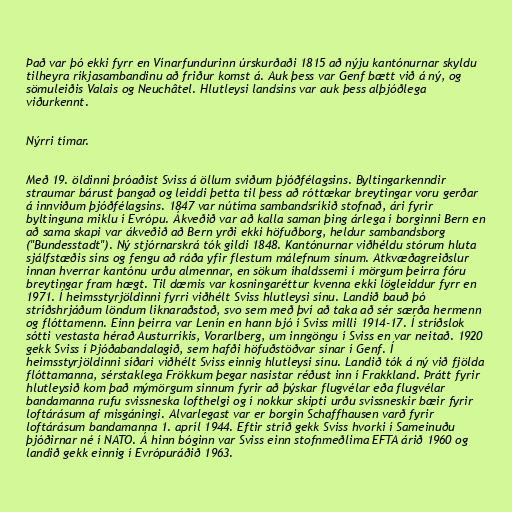
Það var þó ekki fyrr en Vínarfundurinn úrskurðaði 1815 að nýju kantónurnar skyldu
tilheyra ríkjasambandinu að friður komst á. Auk þess var Genf bætt við á ný, og
sömuleiðis Valais og Neuchâtel. Hlutleysi landsins var auk þess alþjóðlega
viðurkennt.

Nýrri tímar.

Með 19. öldinni þróaðist Sviss á öllum sviðum þjóðfélagsins. Byltingarkenndir
straumar bárust þangað og leiddi þetta til þess að róttækar breytingar voru gerðar
á innviðum þjóðfélagsins. 1847 var nútíma sambandsríkið stofnað, ári fyrir
byltinguna miklu í Evrópu. Ákveðið var að kalla saman þing árlega í borginni Bern en
að sama skapi var ákveðið að Bern yrði ekki höfuðborg, heldur sambandsborg
("Bundesstadt"). Ný stjórnarskrá tók gildi 1848. Kantónurnar viðhéldu stórum hluta
sjálfstæðis síns og fengu að ráða yfir flestum málefnum sínum. Atkvæðagreiðslur
innan hverrar kantónu urðu almennar, en sökum íhaldssemi í mörgum þeirra fóru
breytingar fram hægt. Til dæmis var kosningaréttur kvenna ekki lögleiddur fyrr en
1971. Í heimsstyrjöldinni fyrri viðhélt Sviss hlutleysi sínu. Landið bauð þó
stríðshrjáðum löndum líknaraðstoð, svo sem með því að taka að sér særða hermenn
og flóttamenn. Einn þeirra var Lenín en hann bjó í Sviss milli 1914-17. Í stríðslok
sótti vestasta hérað Austurríkis, Vorarlberg, um inngöngu í Sviss en var neitað. 1920
gekk Sviss í Þjóðabandalagið, sem hafði höfuðstöðvar sínar í Genf. Í
heimsstyrjöldinni síðari viðhélt Sviss einnig hlutleysi sínu. Landið tók á ný við fjölda
flóttamanna, sérstaklega Frökkum þegar nasistar réðust inn í Frakkland. Þrátt fyrir
hlutleysið kom það mýmörgum sinnum fyrir að þýskar flugvélar eða flugvélar
bandamanna rufu svissneska lofthelgi og í nokkur skipti urðu svissneskir bæir fyrir
loftárásum af misgáningi. Alvarlegast var er borgin Schaffhausen varð fyrir
loftárásum bandamanna 1. apríl 1944. Eftir stríð gekk Sviss hvorki í Sameinuðu
þjóðirnar né í NATO. Á hinn bóginn var Sviss einn stofnmeðlima EFTA árið 1960 og
landið gekk einnig í Evrópuráðið 1963.